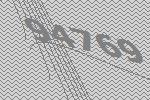
94769